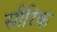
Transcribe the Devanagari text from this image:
सीरिक